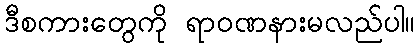
ဒီစကားတွေကို ရာဝဏနားမလည်ပါ။